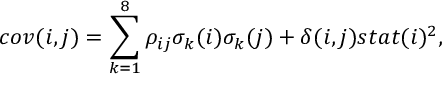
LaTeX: c o v ( i , j ) = \sum _ { k = 1 } ^ { 8 } \rho _ { i j } \sigma _ { k } ( i ) \sigma _ { k } ( j ) + \delta ( i , j ) s t a t ( i ) ^ { 2 } ,